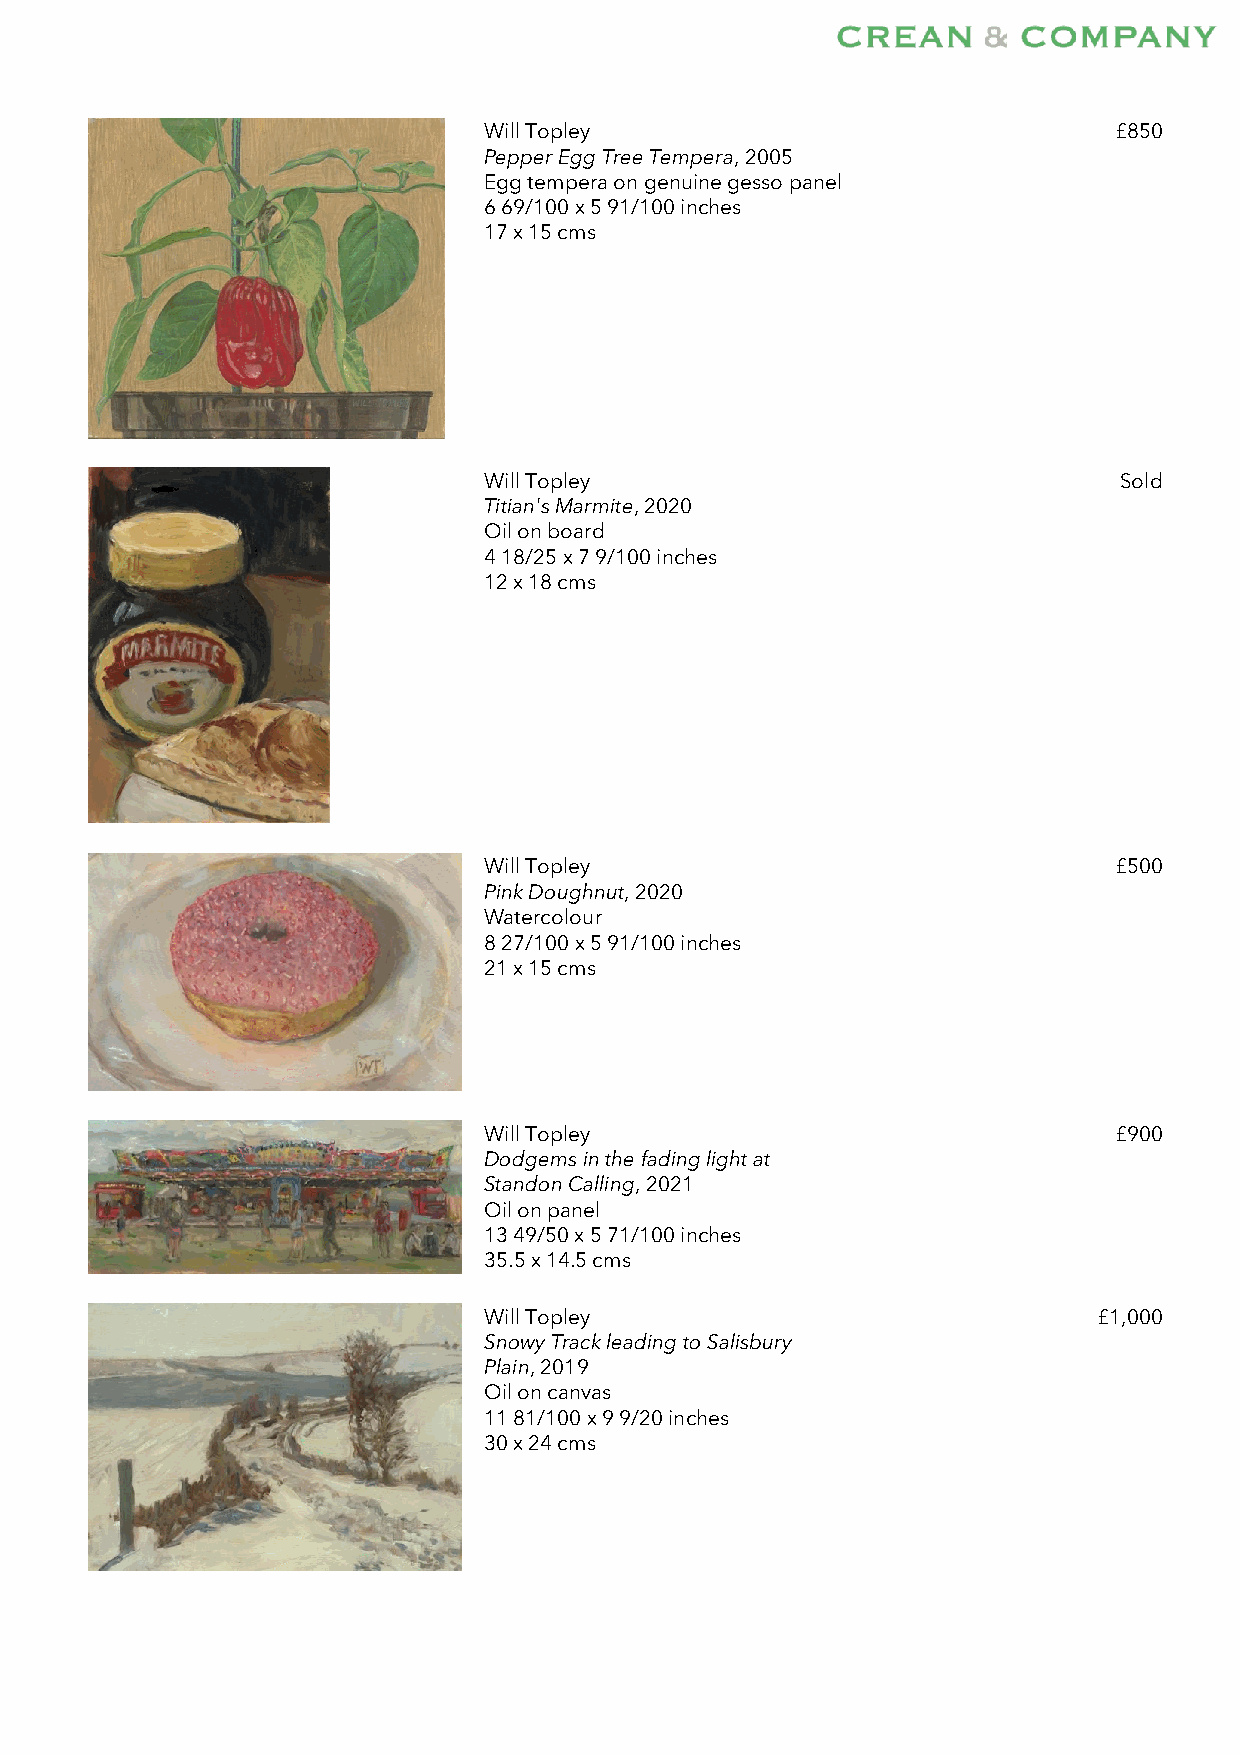
Will Topley                               £850
 Pepper Egg Tree Tempera, 2005
 Egg tempera on genuine gesso panel
 6 69/100 x 5 91/100 inches
 17 x 15 cms
 Will Topley                               Sold
 Titian's Marmite, 2020
 Oil on board
 4 18/25 x 7 9/100 inches
 12 x 18 cms
 Will Topley                               £500
 Pink Doughnut, 2020
 Watercolour
 8 27/100 x 5 91/100 inches
 21 x 15 cms
 Will Topley                               £900
 Dodgems in the fading light at
 Standon Calling, 2021
 Oil on panel
 13 49/50 x 5 71/100 inches
 35.5 x 14.5 cms
 Will Topley                              £1,000
 Snowy Track leading to Salisbury
 Plain, 2019
 Oil on canvas
 11 81/100 x 9 9/20 inches
 30 x 24 cms